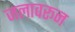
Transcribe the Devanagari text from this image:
जलावरून